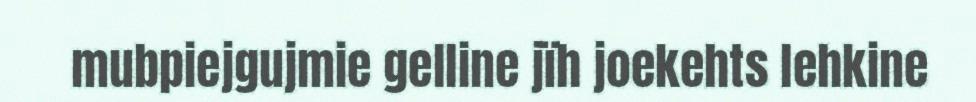
mubpiejgujmie gelline jïh joekehts lehkine